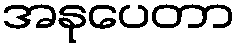
အနုပေတာ